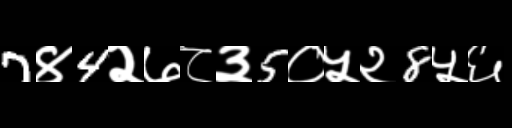
Text: 7४4२७८३5०५२8५६